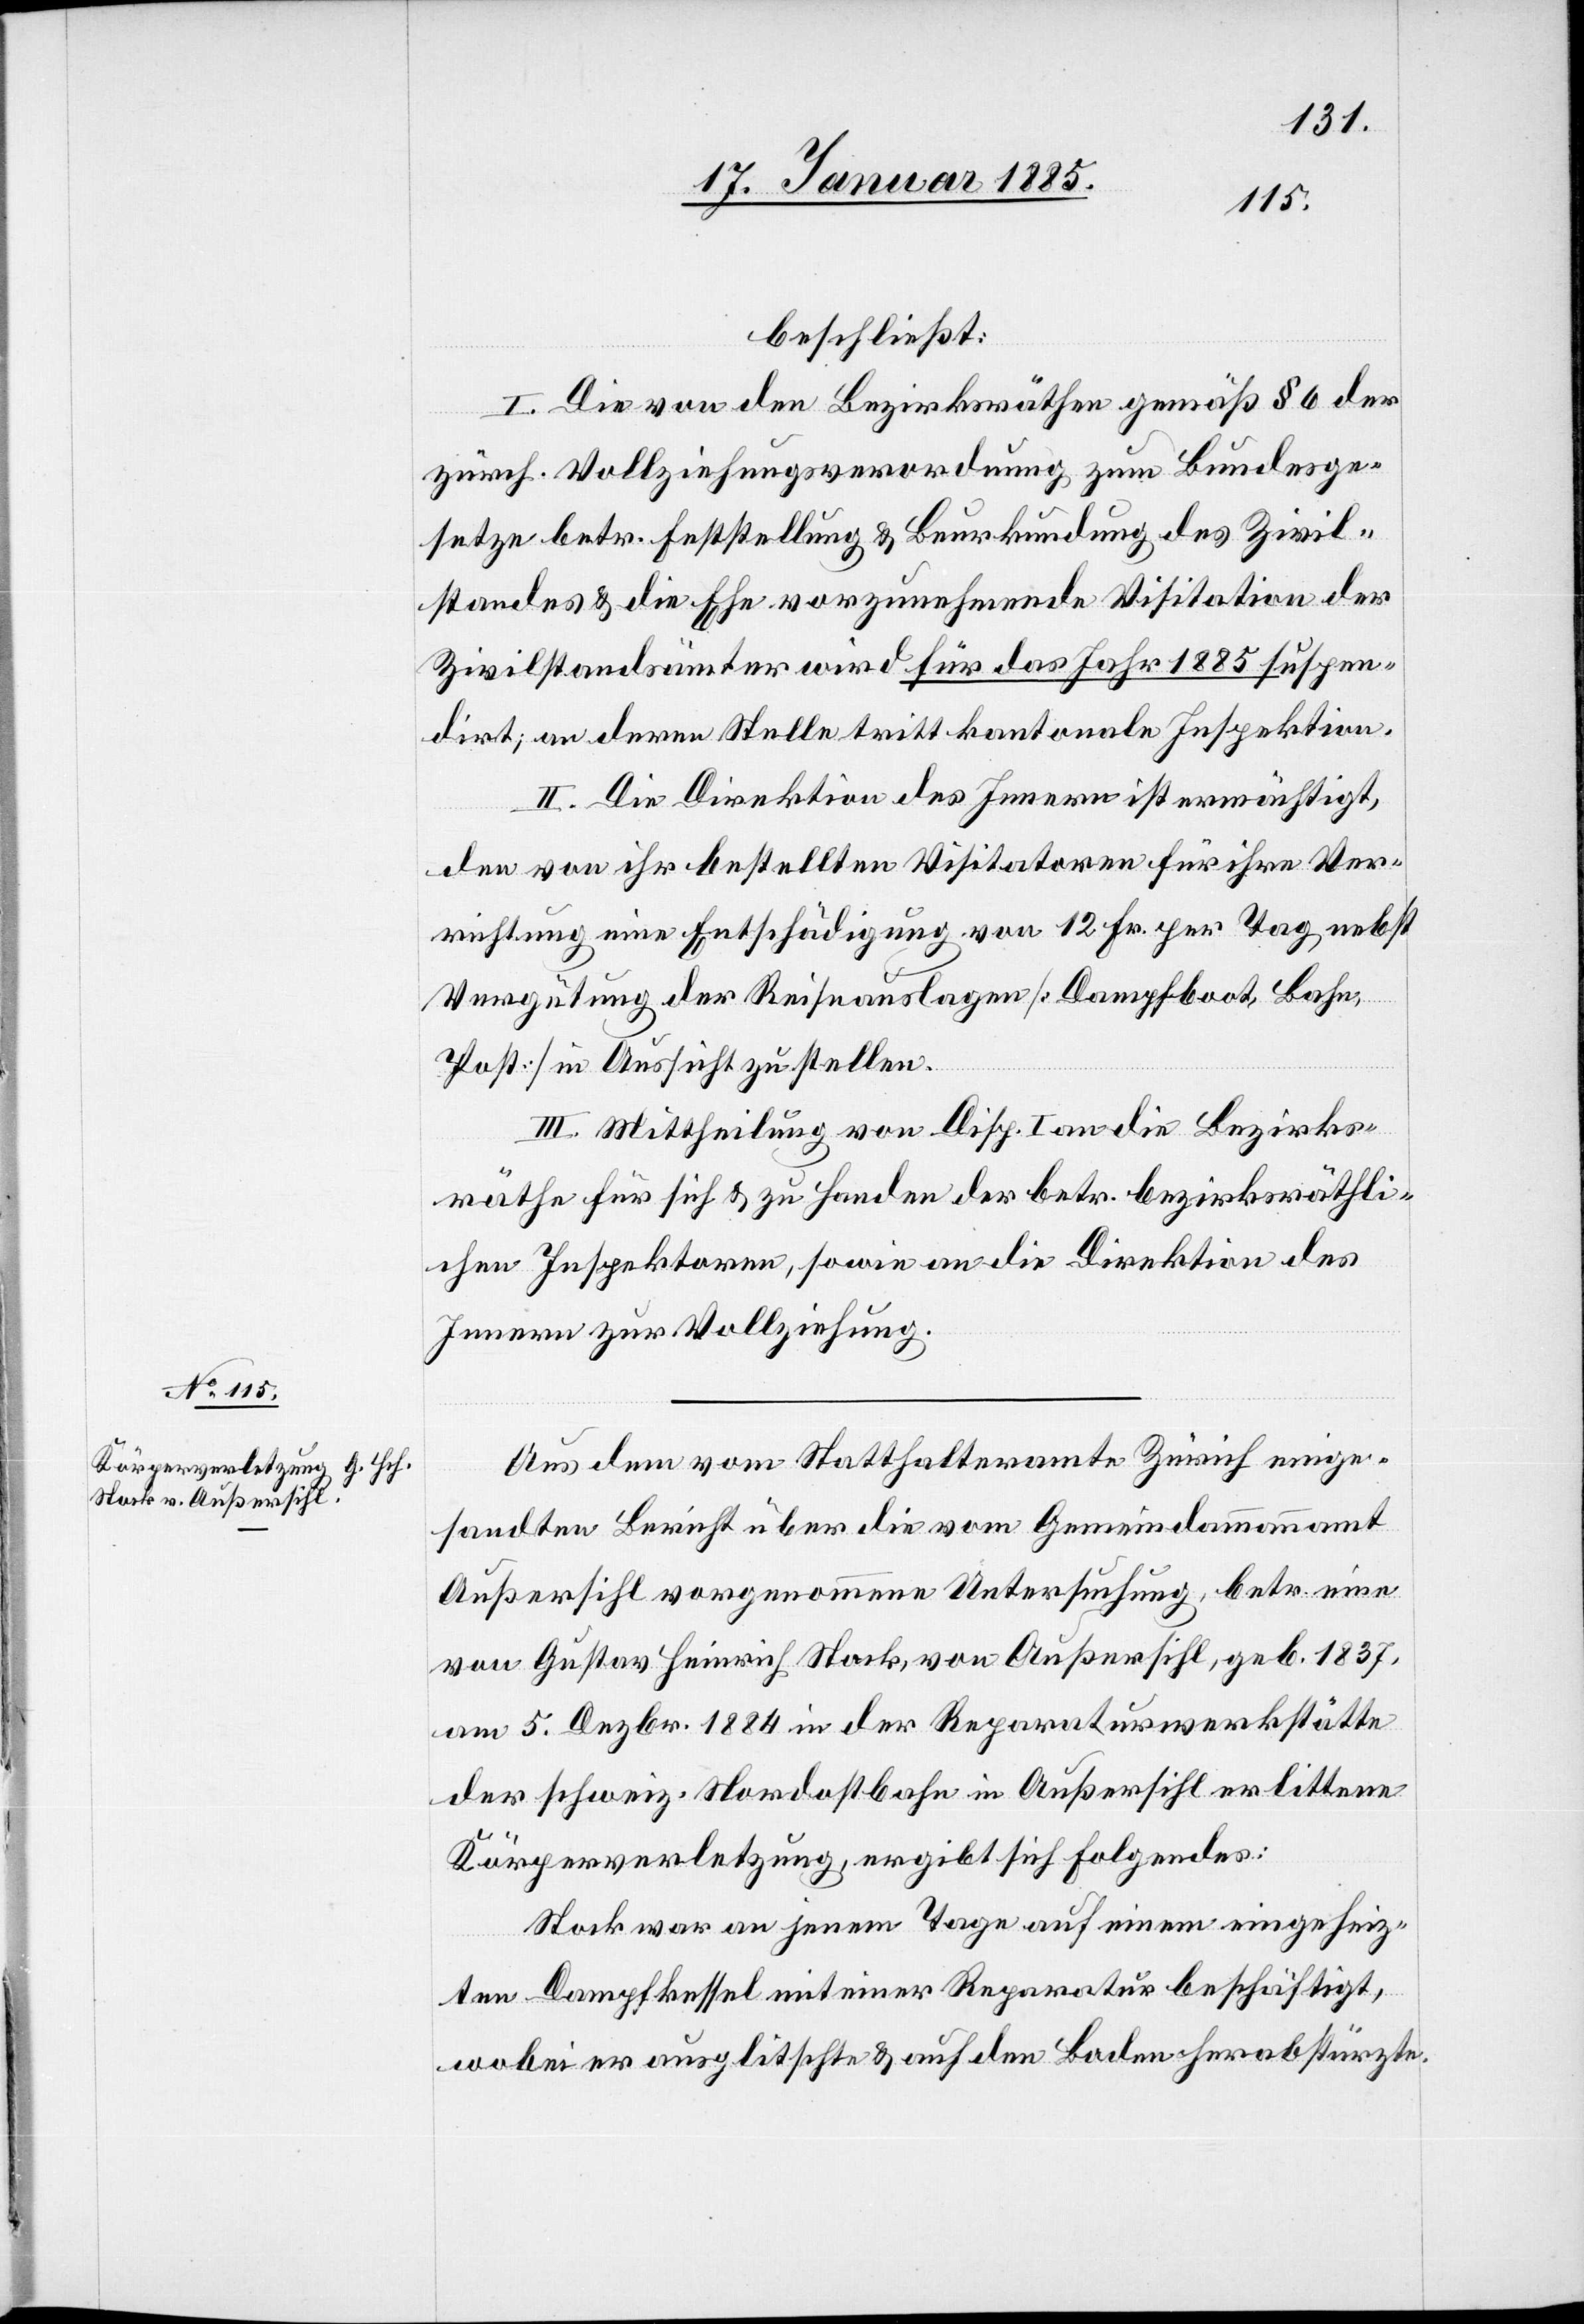
beschließt:
I. Die von den Bezirksräthen gemäß § 6 der
zürch. Vollziehungsverordnung zum Bundesge¬
setze betr. Feststellung & Beurkundung des Zivil¬
standes & die Ehe vorzunehmende Visitation der
Zivilstandsämter wird für das Jahr 1885 suspen¬
dirt; an deren Stelle tritt kantonale Inspektion.
II. Die Direktion des Innern ist ermächtigt,
den von ihr bestellten Visitatoren für ihre Ver¬
richtung eine Entschädigung von 12 Fr. per Tag, nebst
Vergütung der Reiseauslagen [Dampfboot, Bahn,
Post] in Aussicht zu stellen.
III. Mittheilung von Disp. I an die Bezirks¬
räthe für sich & zu Handen der betr. bezirksräthli¬
chen Inspektoren, sowie an die Direktion des
Innern zur Vollziehung.
Aus dem vom Statthalteramt Zürich einge¬
sandten Bericht über die vom Gemeindammannamt
Außersihl vorgenommene Untersuchung, betr. eine
von Gustav Heinrich Stock, von Außersihl, geb. 1837,
am 5. Dezbr. 1884 in der Reparaturwerkstätte
der schweiz. Nordostbahn in Außersihl erlittene
Körperverletzung, ergibt sich folgendes:
Stock war an jenem Tage auf einem eingeheiz¬
ten Dampfkessel mit einer Reparatur beschäftigt,
wobei er ausglitschte & auf den Boden herabstürzte.